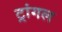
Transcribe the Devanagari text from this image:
ट्रांगल